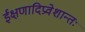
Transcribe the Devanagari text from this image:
ईक्षणादिप्रवेशान्तः